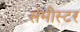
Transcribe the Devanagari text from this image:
सेमीस्टर